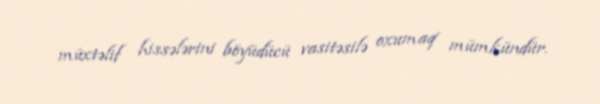
müxtəlif hissələrini böyüdücü vasitəsilə oxumaq mümkündür.